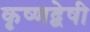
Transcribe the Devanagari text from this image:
कृष्णद्वेषी